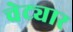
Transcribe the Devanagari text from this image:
चेट्यार